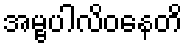
အမ္ဗပါလိဝနေတိ